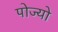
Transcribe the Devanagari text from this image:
पोज्यो